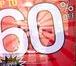
60